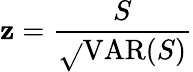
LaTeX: \mathbf{z}={\frac{{S}}{{\sqrt{}{{\operatorname{VAR}(S)}}}}}